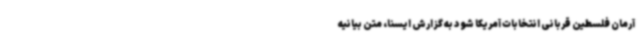
آرمان فلسطین قربانی انتخابات آمریکا شود به گزارش ایسنا، متن بیانیه